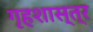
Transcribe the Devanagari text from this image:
गृहशास्त्र